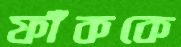
ফাঁককে